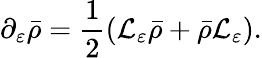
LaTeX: \partial_{\varepsilon}\bar{\rho}=\frac{1}{2}(\mathcal{L}_{\varepsilon}\bar{\rho}+\bar{\rho}\mathcal{L}_{\varepsilon}).